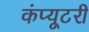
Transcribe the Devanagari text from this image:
कंप्यूटरी